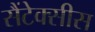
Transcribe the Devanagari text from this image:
सैंटेक्सीस